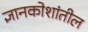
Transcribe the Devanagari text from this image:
ज्ञानकोशांतील